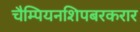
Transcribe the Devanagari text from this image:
चैम्पियनशिपबरकरार